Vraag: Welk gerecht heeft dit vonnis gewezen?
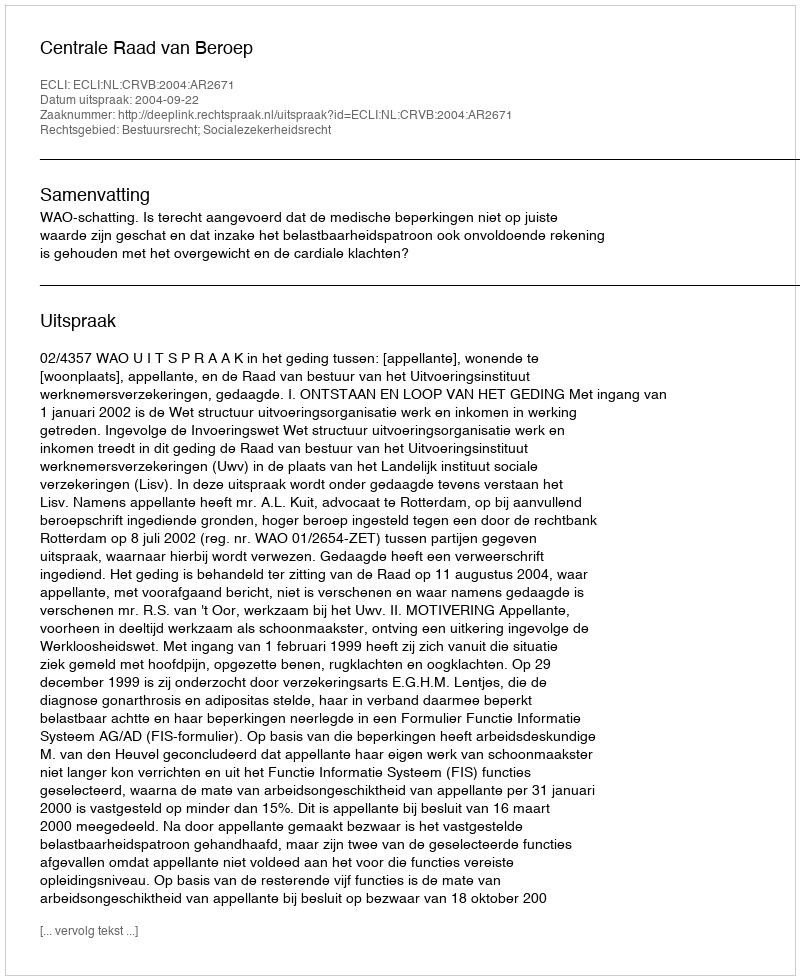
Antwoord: Centrale Raad van Beroep